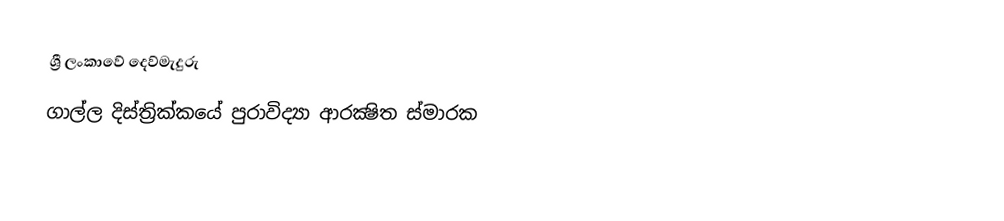
ශ්‍රී ලංකාවේ දෙව්මැදුරු
ගාල්ල දිස්ත්‍රික්කයේ පුරාවිද්‍යා ආරක්‍ෂිත ස්මාරක‎